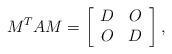
LaTeX: \begin{align*}M^T AM = \left [\begin{array}{cc} D & O \\ O & D \end{array} \right ], \end{align*}